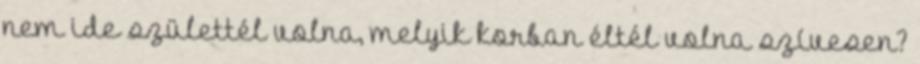
nem ide születtél volna, melyik korban éltél volna szívesen?